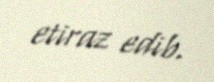
etiraz edib.